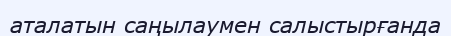
аталатын саңылаумен салыстырғанда